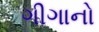
ગીગાનો